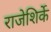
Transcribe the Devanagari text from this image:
राजेशिर्के